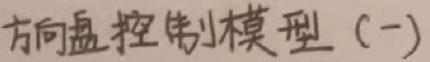
方向盘控制模型（一）